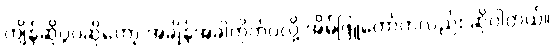
ကျိန်ဆိုပွဲပဲဆိုတော့ အချိန်အခါကိုက်ပဲလို့ အိမ်ဖြူတော်ကလည်း ဆိုပါတယ်။